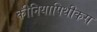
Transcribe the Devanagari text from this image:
कीनियापिथीकस